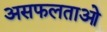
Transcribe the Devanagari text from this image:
असफलताओ